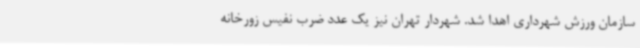
سازمان ورزش شهرداری اهدا شد. شهردار تهران نیز یک عدد ضرب نفیس زورخانه